Vital statistics of India. Vol. V, Reports of 1876 on armies & jails and on epidemic cholera
Year: 1876
Disease focus: Cholera
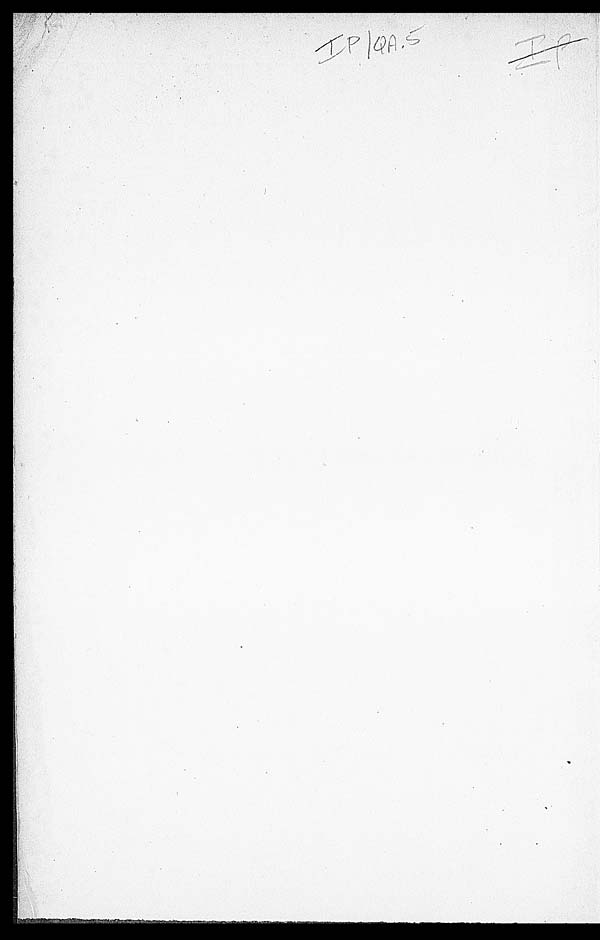
IP/QA.5 IP